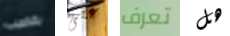
بقضيب على تعرف هل